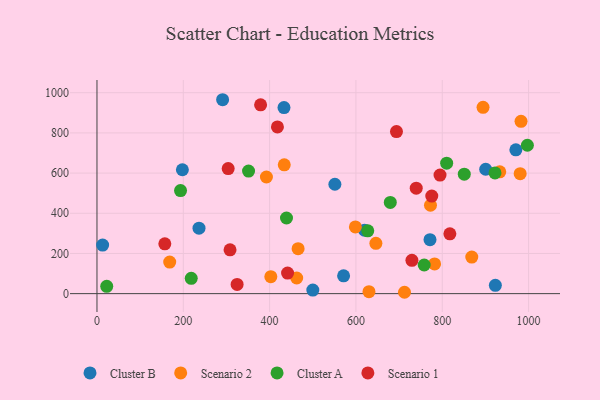
{"axis": {"x": "Study Hours", "y": "Salary"}, "legend": ["Cluster A", "Cluster B", "Scenario 1", "Scenario 2"], "data": [{"x": "500.1", "y": 17.6, "type": "Cluster B"}, {"x": "551.2", "y": 544.4, "type": "Cluster B"}, {"x": "571.4", "y": 88.9, "type": "Cluster B"}, {"x": "900.6", "y": 619.0, "type": "Cluster B"}, {"x": "13.1", "y": 241.7, "type": "Cluster B"}, {"x": "923.0", "y": 41.3, "type": "Cluster B"}, {"x": "236.4", "y": 326.0, "type": "Cluster B"}, {"x": "291.1", "y": 965.1, "type": "Cluster B"}, {"x": "619.9", "y": 316.0, "type": "Cluster B"}, {"x": "970.5", "y": 715.6, "type": "Cluster B"}, {"x": "197.9", "y": 616.5, "type": "Cluster B"}, {"x": "433.3", "y": 926.0, "type": "Cluster B"}, {"x": "771.6", "y": 268.7, "type": "Cluster B"}, {"x": "392.6", "y": 580.5, "type": "Scenario 2"}, {"x": "712.5", "y": 6.8, "type": "Scenario 2"}, {"x": "982.5", "y": 857.8, "type": "Scenario 2"}, {"x": "646.2", "y": 250.2, "type": "Scenario 2"}, {"x": "894.5", "y": 927.1, "type": "Scenario 2"}, {"x": "868.4", "y": 182.1, "type": "Scenario 2"}, {"x": "933.2", "y": 606.2, "type": "Scenario 2"}, {"x": "433.9", "y": 640.9, "type": "Scenario 2"}, {"x": "466.0", "y": 223.7, "type": "Scenario 2"}, {"x": "772.7", "y": 439.8, "type": "Scenario 2"}, {"x": "980.5", "y": 597.2, "type": "Scenario 2"}, {"x": "462.7", "y": 77.8, "type": "Scenario 2"}, {"x": "402.8", "y": 84.4, "type": "Scenario 2"}, {"x": "630.2", "y": 9.7, "type": "Scenario 2"}, {"x": "598.7", "y": 331.8, "type": "Scenario 2"}, {"x": "782.2", "y": 147.8, "type": "Scenario 2"}, {"x": "168.5", "y": 157.1, "type": "Scenario 2"}, {"x": "997.2", "y": 738.5, "type": "Cluster A"}, {"x": "922.2", "y": 600.7, "type": "Cluster A"}, {"x": "758.1", "y": 142.6, "type": "Cluster A"}, {"x": "351.2", "y": 610.0, "type": "Cluster A"}, {"x": "218.4", "y": 76.0, "type": "Cluster A"}, {"x": "22.6", "y": 36.2, "type": "Cluster A"}, {"x": "679.6", "y": 454.0, "type": "Cluster A"}, {"x": "193.6", "y": 512.9, "type": "Cluster A"}, {"x": "439.1", "y": 376.4, "type": "Cluster A"}, {"x": "810.2", "y": 649.3, "type": "Cluster A"}, {"x": "851.0", "y": 594.4, "type": "Cluster A"}, {"x": "627.4", "y": 312.4, "type": "Cluster A"}, {"x": "379.1", "y": 939.9, "type": "Scenario 1"}, {"x": "304.0", "y": 622.6, "type": "Scenario 1"}, {"x": "817.6", "y": 297.8, "type": "Scenario 1"}, {"x": "775.7", "y": 485.5, "type": "Scenario 1"}, {"x": "324.7", "y": 45.8, "type": "Scenario 1"}, {"x": "418.1", "y": 829.7, "type": "Scenario 1"}, {"x": "441.6", "y": 102.4, "type": "Scenario 1"}, {"x": "693.9", "y": 806.4, "type": "Scenario 1"}, {"x": "157.2", "y": 247.9, "type": "Scenario 1"}, {"x": "739.7", "y": 525.1, "type": "Scenario 1"}, {"x": "729.7", "y": 166.0, "type": "Scenario 1"}, {"x": "794.8", "y": 589.9, "type": "Scenario 1"}, {"x": "308.3", "y": 218.1, "type": "Scenario 1"}]}